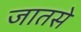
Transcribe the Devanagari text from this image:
जातसे